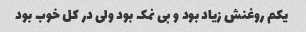
یکم روغنش زیاد بود و بی نمک بود ولی در کل خوب بود